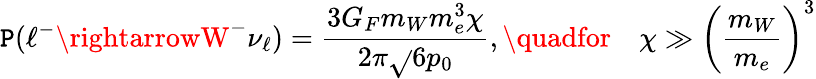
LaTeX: \mathtt{P}(\ell^{-}\rightarrowW^{-}\nu_{\ell})=\frac{{3G_{F}m_{W}m_{e}^{3}\chi}}{{2\pi\sqrt{}{{6}}p_{0}}},\quadfor\quad\chi\gg\biggl({\frac{{m_{W}}}{{m_{e}}}}\biggr)^{3}